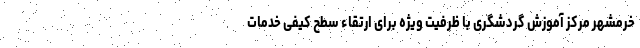
خرمشهر مرکز آموزش گردشگری با ظرفیت ویژه برای ارتقاء سطح کیفی خدمات